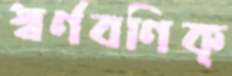
স্বর্ণবণিক্‌